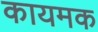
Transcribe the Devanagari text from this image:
कायमक